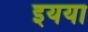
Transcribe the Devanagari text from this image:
इयया